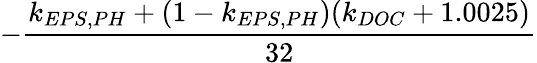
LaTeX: -\frac{k_{EPS,PH}+(1-k_{EPS,PH})(k_{DOC}+1.0025)}{32}